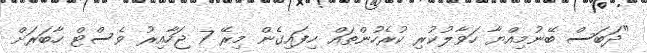
"ދަބަސް ބޭނުމިއްޔާ ހަވާލުކުރި ކުރެހުންތައް ހިފައިގެން މިރޭ 7 ޖަހާއިރު ވެސްޓް ހާބަރަށް